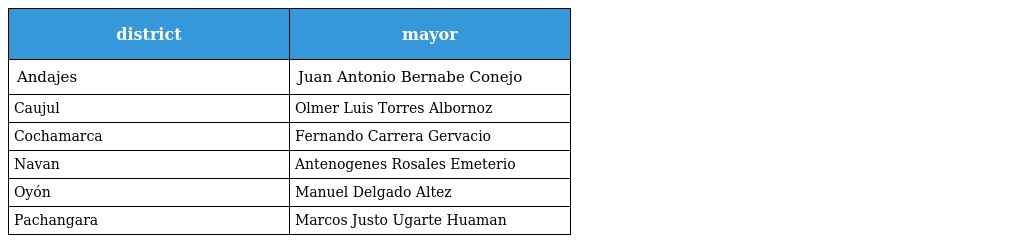
| district | mayor |
 | --- | --- |
 | Andajes | Juan Antonio Bernabe Conejo |
 | Caujul | Olmer Luis Torres Albornoz |
 | Cochamarca | Fernando Carrera Gervacio |
 | Navan | Antenogenes Rosales Emeterio |
 | Oyón | Manuel Delgado Altez |
 | Pachangara | Marcos Justo Ugarte Huaman |